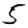
Digit: 5